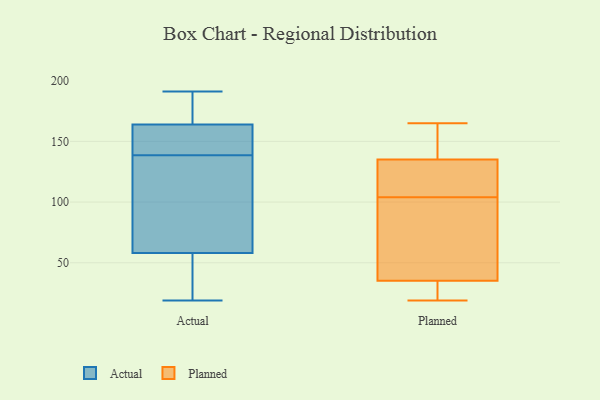
{"axis": {"x": "LTV (USD)", "y": "Value"}, "legend": ["Actual", "Planned"], "data": [{"x": "", "y": 174, "type": "Actual"}, {"x": "", "y": 159, "type": "Actual"}, {"x": "", "y": 161, "type": "Actual"}, {"x": "", "y": 19, "type": "Actual"}, {"x": "", "y": 58, "type": "Actual"}, {"x": "", "y": 144, "type": "Actual"}, {"x": "", "y": 173, "type": "Actual"}, {"x": "", "y": 164, "type": "Actual"}, {"x": "", "y": 43, "type": "Actual"}, {"x": "", "y": 165, "type": "Actual"}, {"x": "", "y": 133, "type": "Actual"}, {"x": "", "y": 70, "type": "Actual"}, {"x": "", "y": 35, "type": "Actual"}, {"x": "", "y": 147, "type": "Actual"}, {"x": "", "y": 191, "type": "Actual"}, {"x": "", "y": 88, "type": "Actual"}, {"x": "", "y": 81, "type": "Actual"}, {"x": "", "y": 32, "type": "Actual"}, {"x": "", "y": 138, "type": "Planned"}, {"x": "", "y": 165, "type": "Planned"}, {"x": "", "y": 162, "type": "Planned"}, {"x": "", "y": 33, "type": "Planned"}, {"x": "", "y": 29, "type": "Planned"}, {"x": "", "y": 104, "type": "Planned"}, {"x": "", "y": 42, "type": "Planned"}, {"x": "", "y": 110, "type": "Planned"}, {"x": "", "y": 94, "type": "Planned"}, {"x": "", "y": 19, "type": "Planned"}, {"x": "", "y": 126, "type": "Planned"}]}